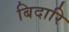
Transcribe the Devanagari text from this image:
बिदारि